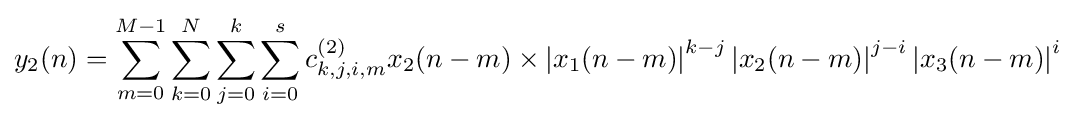
y_{2}(n)=\sum _{m=0}^{M-1}\sum _{k=0}^{N}\sum _{j=0}^{k}\sum _{i=0}^{s}c_{k,j,i,m}^{(2)}x_{2}(n-m)\times \left\vert {x_{1}(n-m)}\right\vert ^{k-j}\left\vert {x_{2}(n-m)}\right\vert ^{j-i}\left\vert {x_{3}(n-m)}\right\vert ^{i}